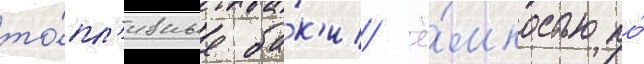
то́пл'ивные ба́к'и ё́мкостью по́